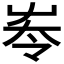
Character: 𡴔